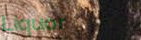
Liquor